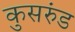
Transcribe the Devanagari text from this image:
कुसरुंड